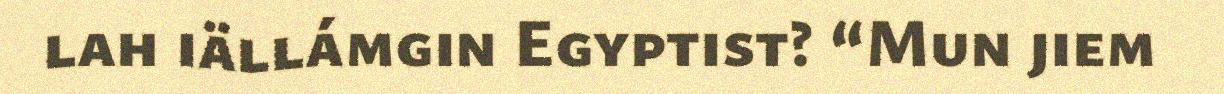
lah iällámgin Egyptist? “Mun jiem